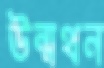
উন্মথন